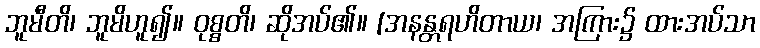
ဘူမီတိ၊ ဘူမိဟူ၍။ ဝုစ္စတိ၊ ဆိုအပ်၏။ [အနန္တရဟိတာယ၊ အကြား၌ ထားအပ်သာ